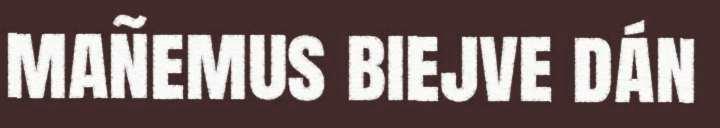
mañemus biejve dán